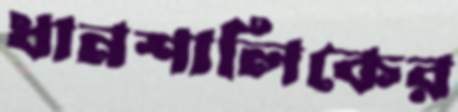
ধানশালিকের